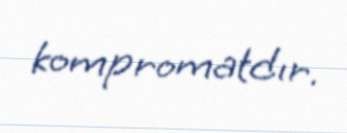
kompromatdır.